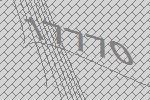
17770